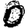
Digit: 0